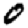
Digit: 0